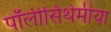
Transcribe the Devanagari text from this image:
पॉलीसिंथेमीया